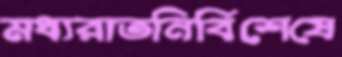
মধ্যরাতনির্বিশেষে